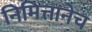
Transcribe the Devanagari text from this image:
निमित्तानेच